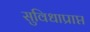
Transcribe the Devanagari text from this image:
सुविधाप्राप्त